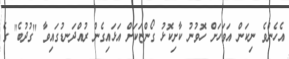
އެހެންވެ ނިކަން އަވަހަށް ހޮވުނު ކާށިކޮޅު ގޯންޏަކަށް އަޅައިގެން ރުއްދަނޑުގައިވާ "ގުދުބެ" ގެ